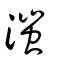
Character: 滍